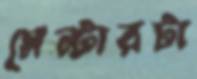
সেন্টারটা